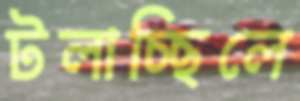
টলাচ্ছিলে